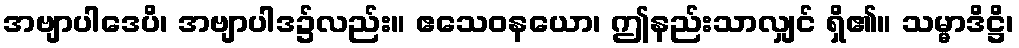
အဗျာပါဒေပိ၊ အဗျာပါဒ၌လည်း။ ဧသေဝနယော၊ ဤနည်းသာလျှင် ရှိ၏။ သမ္မာဒိဋ္ဌိ၊